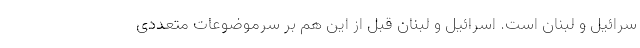
سرائیل و لبنان است. اسرائیل و لبنان قبل از این هم بر سرموضوعات متعددی